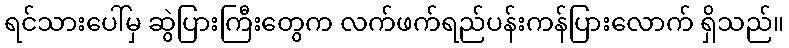
ရင်သားပေါ်မှ ဆွဲပြားကြီးတွေက လက်ဖက်ရည်ပန်းကန်ပြားလောက် ရှိသည်။